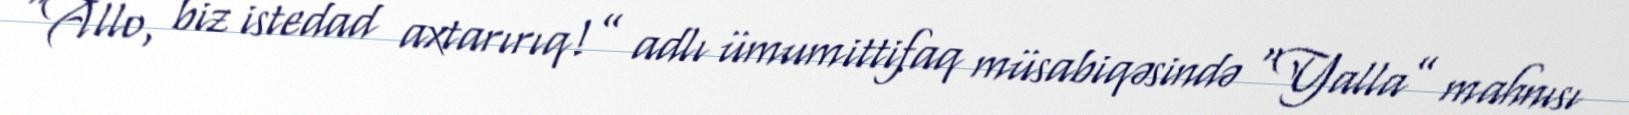
“Allo, biz istedad axtarırıq!” adlı ümumittifaq müsabiqəsində “Yalla” mahnısı